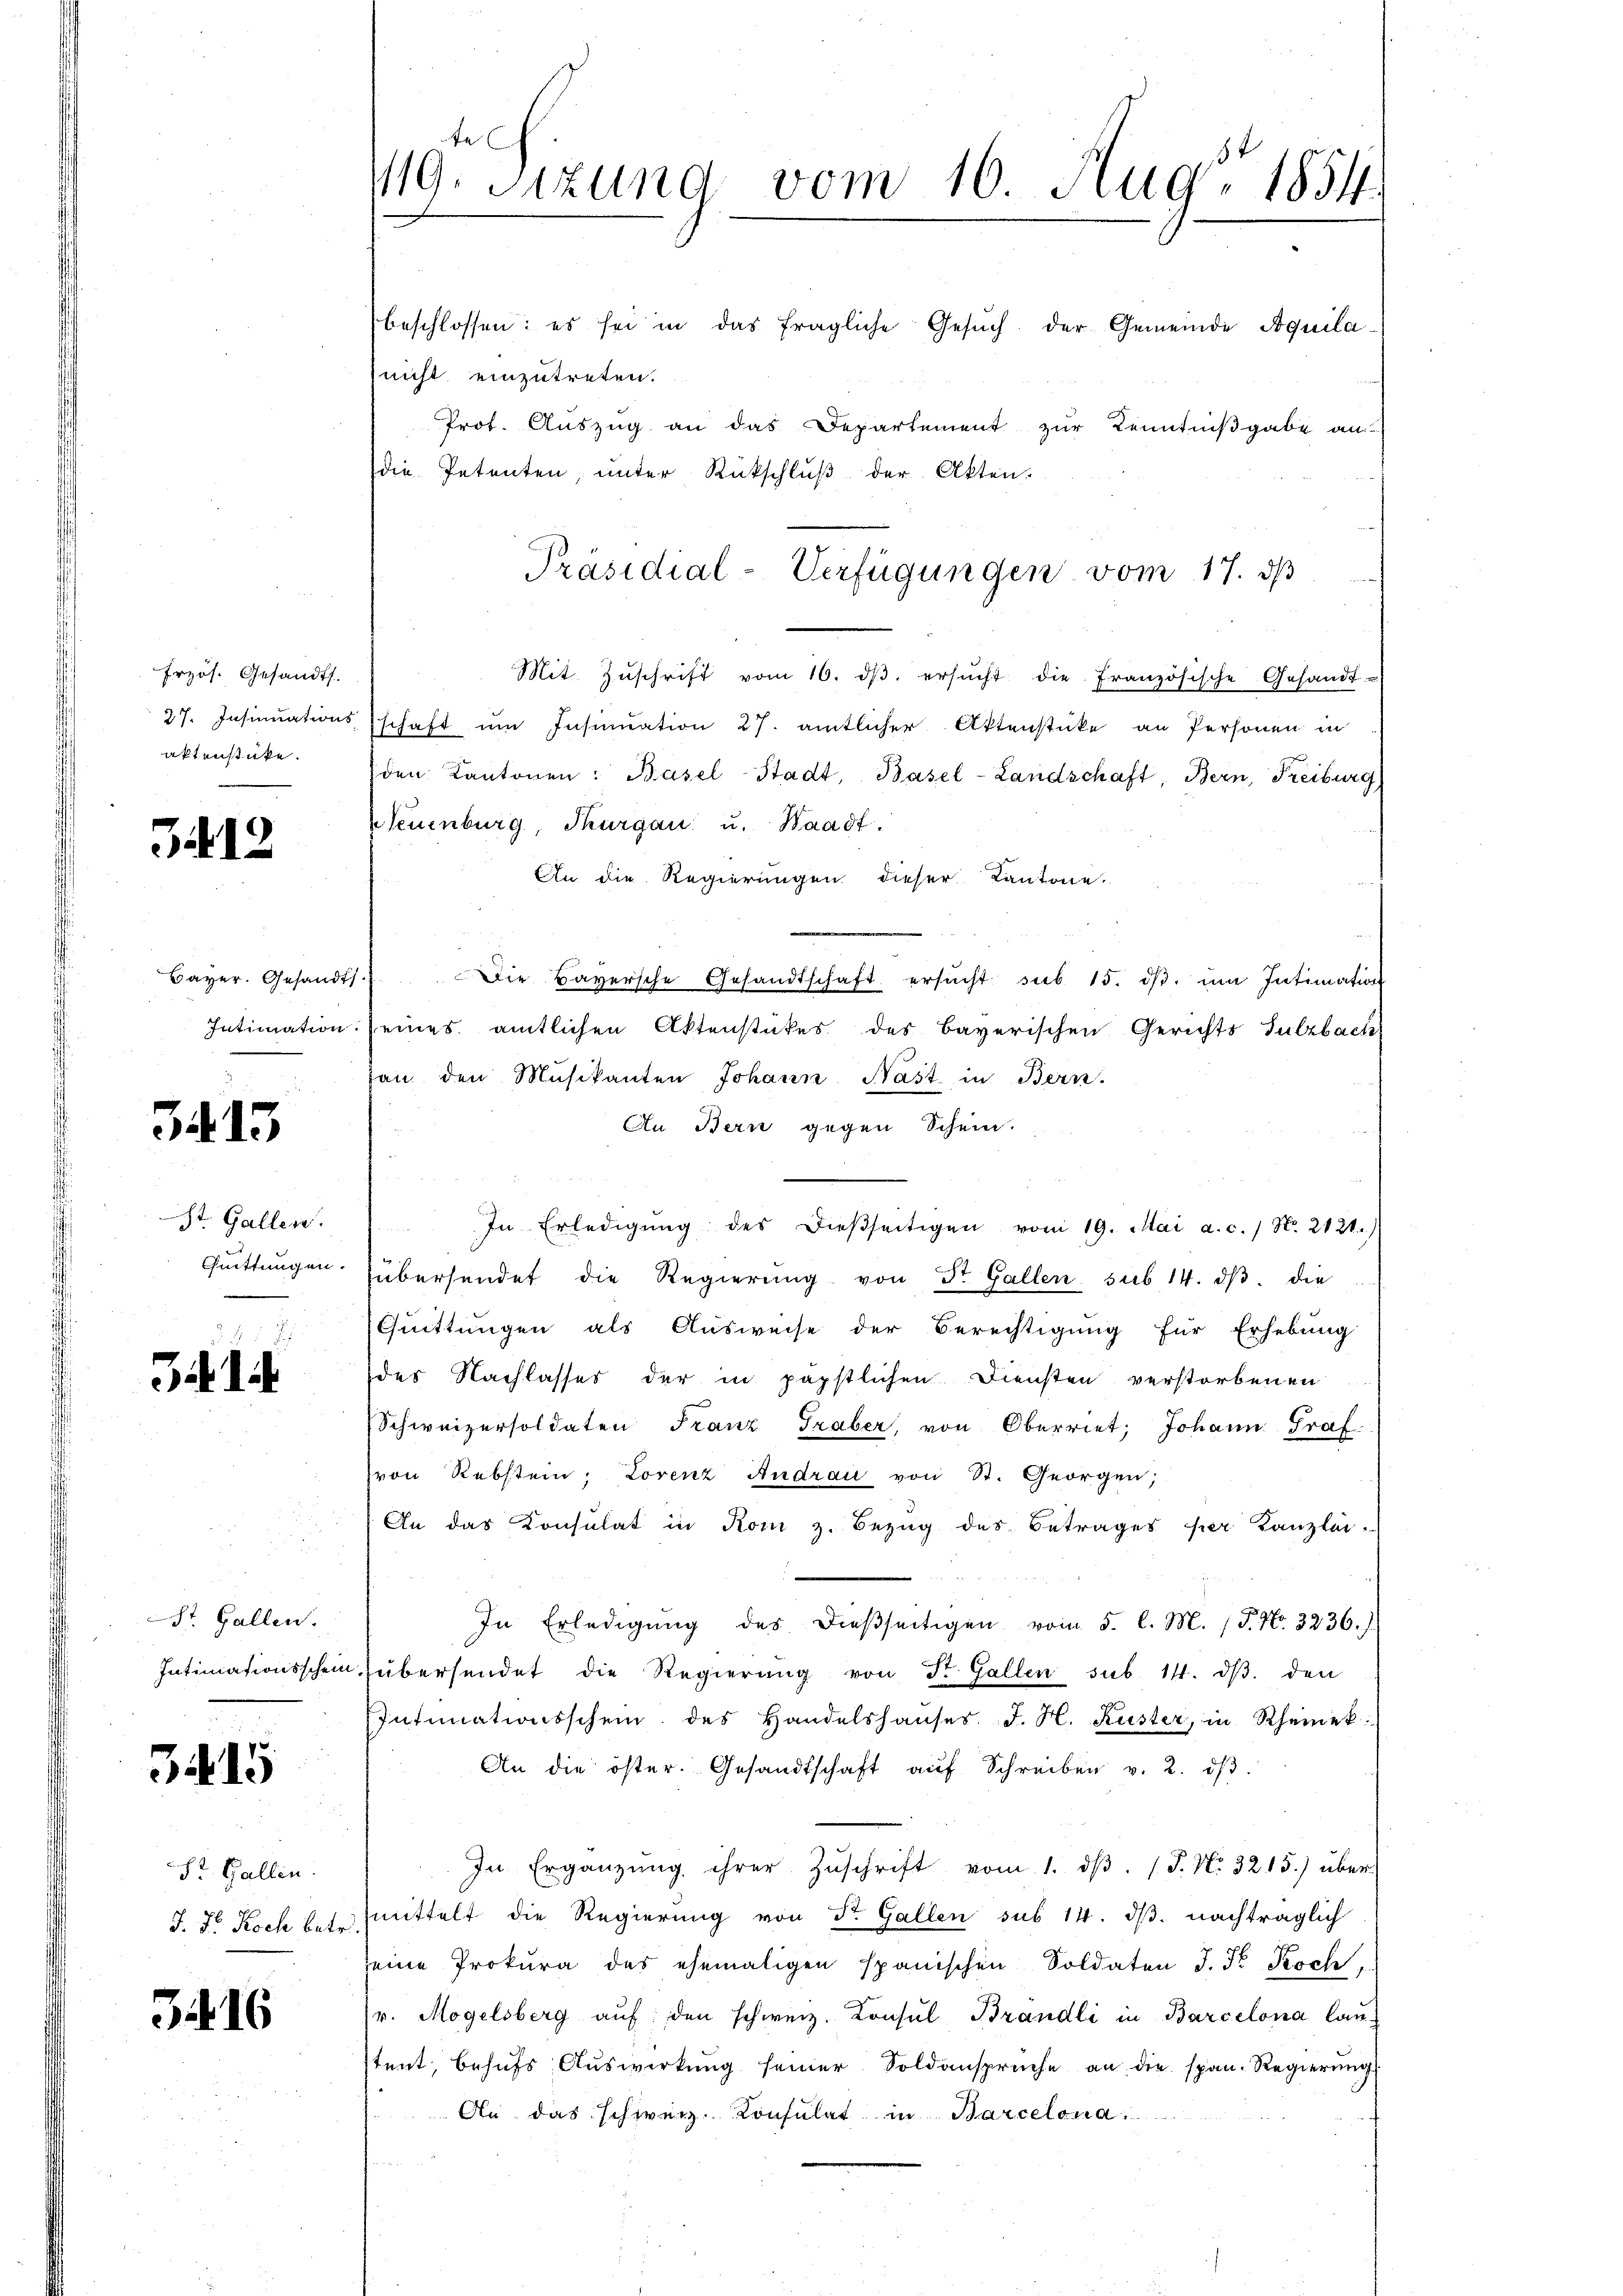
Erzös. Gesandts
27. Insinuations
aktenstücke.

3412

Bayer. Gesandts
Intimation

3413

St. Gallen.
Quittungen.

1

St. Gallen.
Intimationsschein

3415

St. Gallen.
J. Dr. Koch betr

34. 16

te
119. Sitzung vom 16. Aug. 1854.
beschlossen: es sei in das fragliche Gesuch der Gemeinde Aquilanicht einzutreten.
Prot. Auszug an das Departement zur Kenntnißgabe an
die Petenten, ŭnter Rückschlŭβ der Akten.

Mit Zŭschrift vom 16. dβ. ersŭcht die Französische Gesandt-
schaft um Insinuation 27. amtlicher Aktenstücke an Personen in
den Kantonen: Basel-Stadt, Basel-Landschaft, Bern, Freiburg,
Neuenburg, Thurgau u. Waadt.
An die Regierungen dieser Kantone.
1.) Die Bayersche Gesandtschaft ersŭcht sub 15. dβ. ŭm Intimation
seines amtlichen Aktenstückes des bayerischen Gerichts Sulzbach
son den Musikanten Johann Nast in Bern.
An Bern gegen Schein.
In Erledigŭng des dießseitigen vom 19. Mai a.c. / N. 2121.)
übersendet die Regierŭng von St. Gallen sub 14. dβ. die
Quittungen als Ausweise der Berechtigung für Erhebung
des Nachlasses der in päpstlichen Diensten verstorbenen
Schweizersoldaten Franz Graber, von Oberriet, Johann Graf.
von Rebstein: Lorenz Andrau von St. Georgen;
An das Konsulat in Kom z. Bezug des Betrages per Kanzlei-
In Erledigung des dießseitigen vom 5. l. M. (T. No. 3236./
übersendet die Regierŭng von St. Gallen sub 14. dβ. den
Intimationsschein des Handelshaŭses J. H. Kuster, in Rheinek
An die öster. Gesandtschaft aŭf Schreiben v. 2. dβ.
In Ergänzŭng ihrer Zŭschrift vom 1. dβ. (T. N. 3215.) über
mittelt die Regierung von Dr. Gallen sub 14. dβ. nachträglich
seine Prokura des ehemaligen spanischen Soldaten J. Fr. Koch
r. Mogelsberg aŭf den schweiz. Consul Brandli in Barcelona lanstent, behŭfs Auswirkung seiner Soldansprüche an die span. Regierŭng
An das schweiz. Konsulat in Barcelona.

Präsidial-Verfügungen vom 17. ds